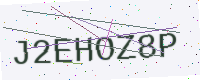
Text: J2EHOZ8P